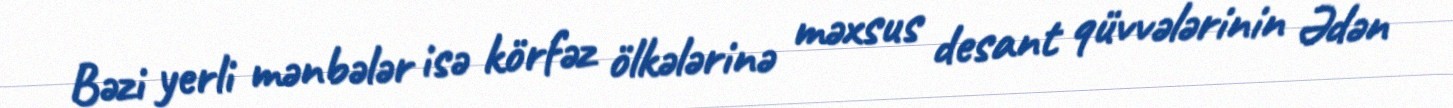
Bəzi yerli mənbələr isə körfəz ölkələrinə məxsus desant qüvvələrinin Ədən